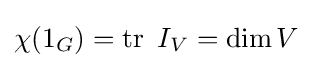
\chi (1_{G})=\operatorname {tr} \ I_{V}=\dim V